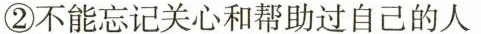
②不能忘记关心和帮助过自己的人